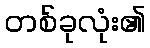
တစ်ခုလုံး၏